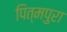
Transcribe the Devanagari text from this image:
पित्मपुरा